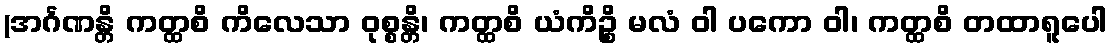
(အင်္ဂဏန္တိ ကတ္ထစိ ကိလေသာ ဝုစ္စန္တိ၊ ကတ္ထစိ ယံကိဉ္စိ မလံ ဝါ ပကော ဝါ၊ ကတ္ထစိ တထာရူပေါ